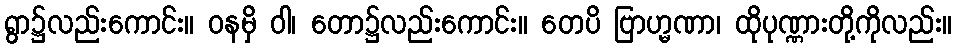
ရွာ၌လည်းကောင်း။ ဝနမှိ ဝါ၊ တော၌လည်းကောင်း။ တေပိ ဗြာဟ္မဏာ၊ ထိုပုဏ္ဏားတို့ကိုလည်း။